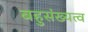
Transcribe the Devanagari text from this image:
बहुसंख्यत्व